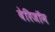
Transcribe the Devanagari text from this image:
वेरिजॉन